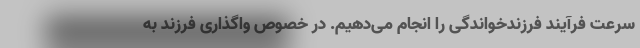
سرعت فرآیند فرزندخواندگی را انجام می‌دهیم. در خصوص واگذاری فرزند به